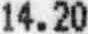
14.20